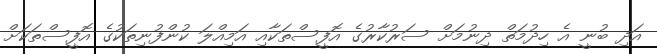
އަދި ބުނީ އެ ހިދުމަތް ދިނުމަށް ސަރުކާރުގެ އޮފީސްތަކާއި އަމިއްލަ ކުންފުނިތަކުގެ އޮފީސްތަކަށް